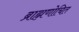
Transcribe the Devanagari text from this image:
ब्राह्मणोचित